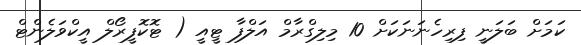
ކަމަށް ބަލަނީ ފިރިހެނަނަކަށް 10 މިލިގްރާމް އަލްފާ ޓީއީ ( ޓޮކޮފީރޯލް އީކްވަލެންޓް